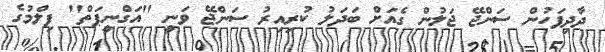
ދާދިފަހުން ސަންޖޭ ޖަލުން ގެއަށް ބަދަލު ކުރިއިރު ސަންޖޭ ވަނީ ''އަގްނީޕަތް'' ފިލްމުގެ